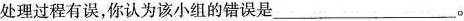
处理过程有误，你认为该小组的错误是___。